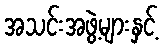
အသင်းအဖွဲ့များနှင့်